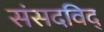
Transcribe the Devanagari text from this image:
संसदविद्‌